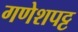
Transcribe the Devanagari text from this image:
गणेशपट्ट